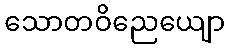
သောတဝိညေယျော